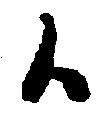
候